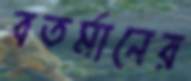
বতর্মানের